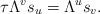
LaTeX: \begin{align*}\tau\Lambda^vs_u=\Lambda^us_v.\end{align*}